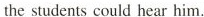
the students could hear him.